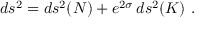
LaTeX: d s ^ { 2 } = d s ^ { 2 } ( N ) + e ^ { 2 \sigma } \, d s ^ { 2 } ( K ) ~ .